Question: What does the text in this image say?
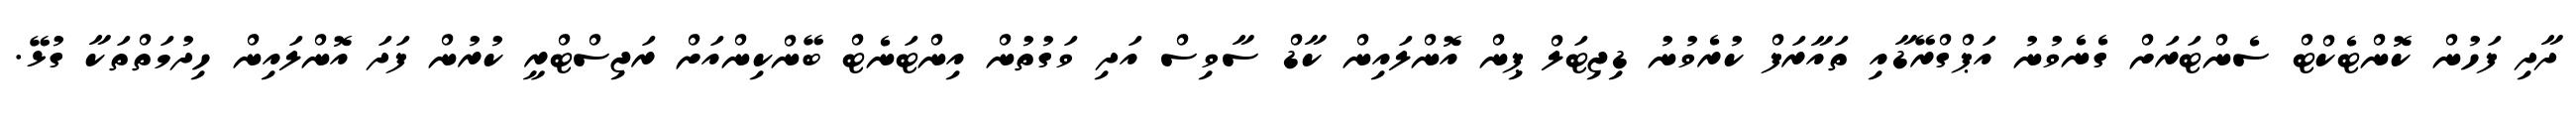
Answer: ދާދި ފަހުން ކޮންޓެކްޓް ސެންޓަރަށް ގެނެވުނު އަޕްގްރޭޑާއި ތައާރަފް ކުރެވުނު ޑިޖިޓަލް ޕިން އޮންލައިން ކާޑް ސާވިސް އަދި ވަގުތުން އިންޓަނެޓް ބޭންކިންއަށް ރަޖިސްޓްރީ ކުރުން ފަދަ އޮންލައިން ހިދުމަތްތަކާ ގުޅޭ.